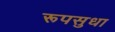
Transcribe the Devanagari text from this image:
रूपसुधा